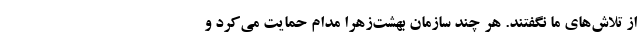
از تلاش‌های ما نگفتند. هر چند سازمان بهشت‌زهرا مدام حمایت می‌کرد و